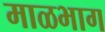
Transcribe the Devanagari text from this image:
माळभाग